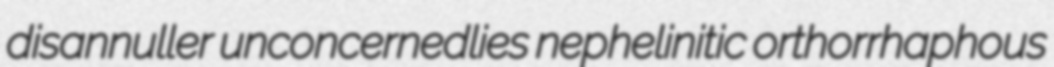
disannuller unconcernedlies nephelinitic orthorrhaphous